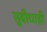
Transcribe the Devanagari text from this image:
सुवीधाही